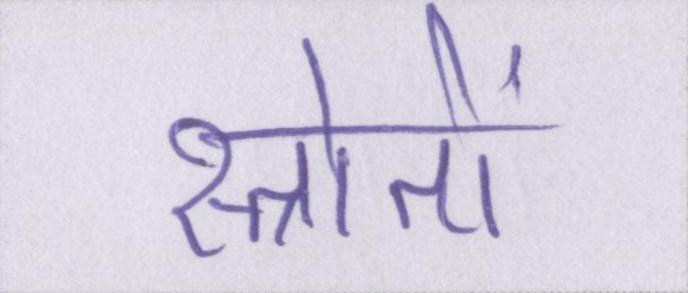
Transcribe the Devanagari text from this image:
स्त्रोतों